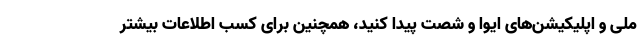
ملی و اپلیکیشن‌های ایوا و شصت پیدا کنید، همچنین برای کسب اطلاعات بیشتر